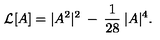
{ \cal { L } } [ A ] = | A ^ { 2 } | ^ { 2 } \: - \: \frac { 1 } { 2 8 } \: | A | ^ { 4 } .